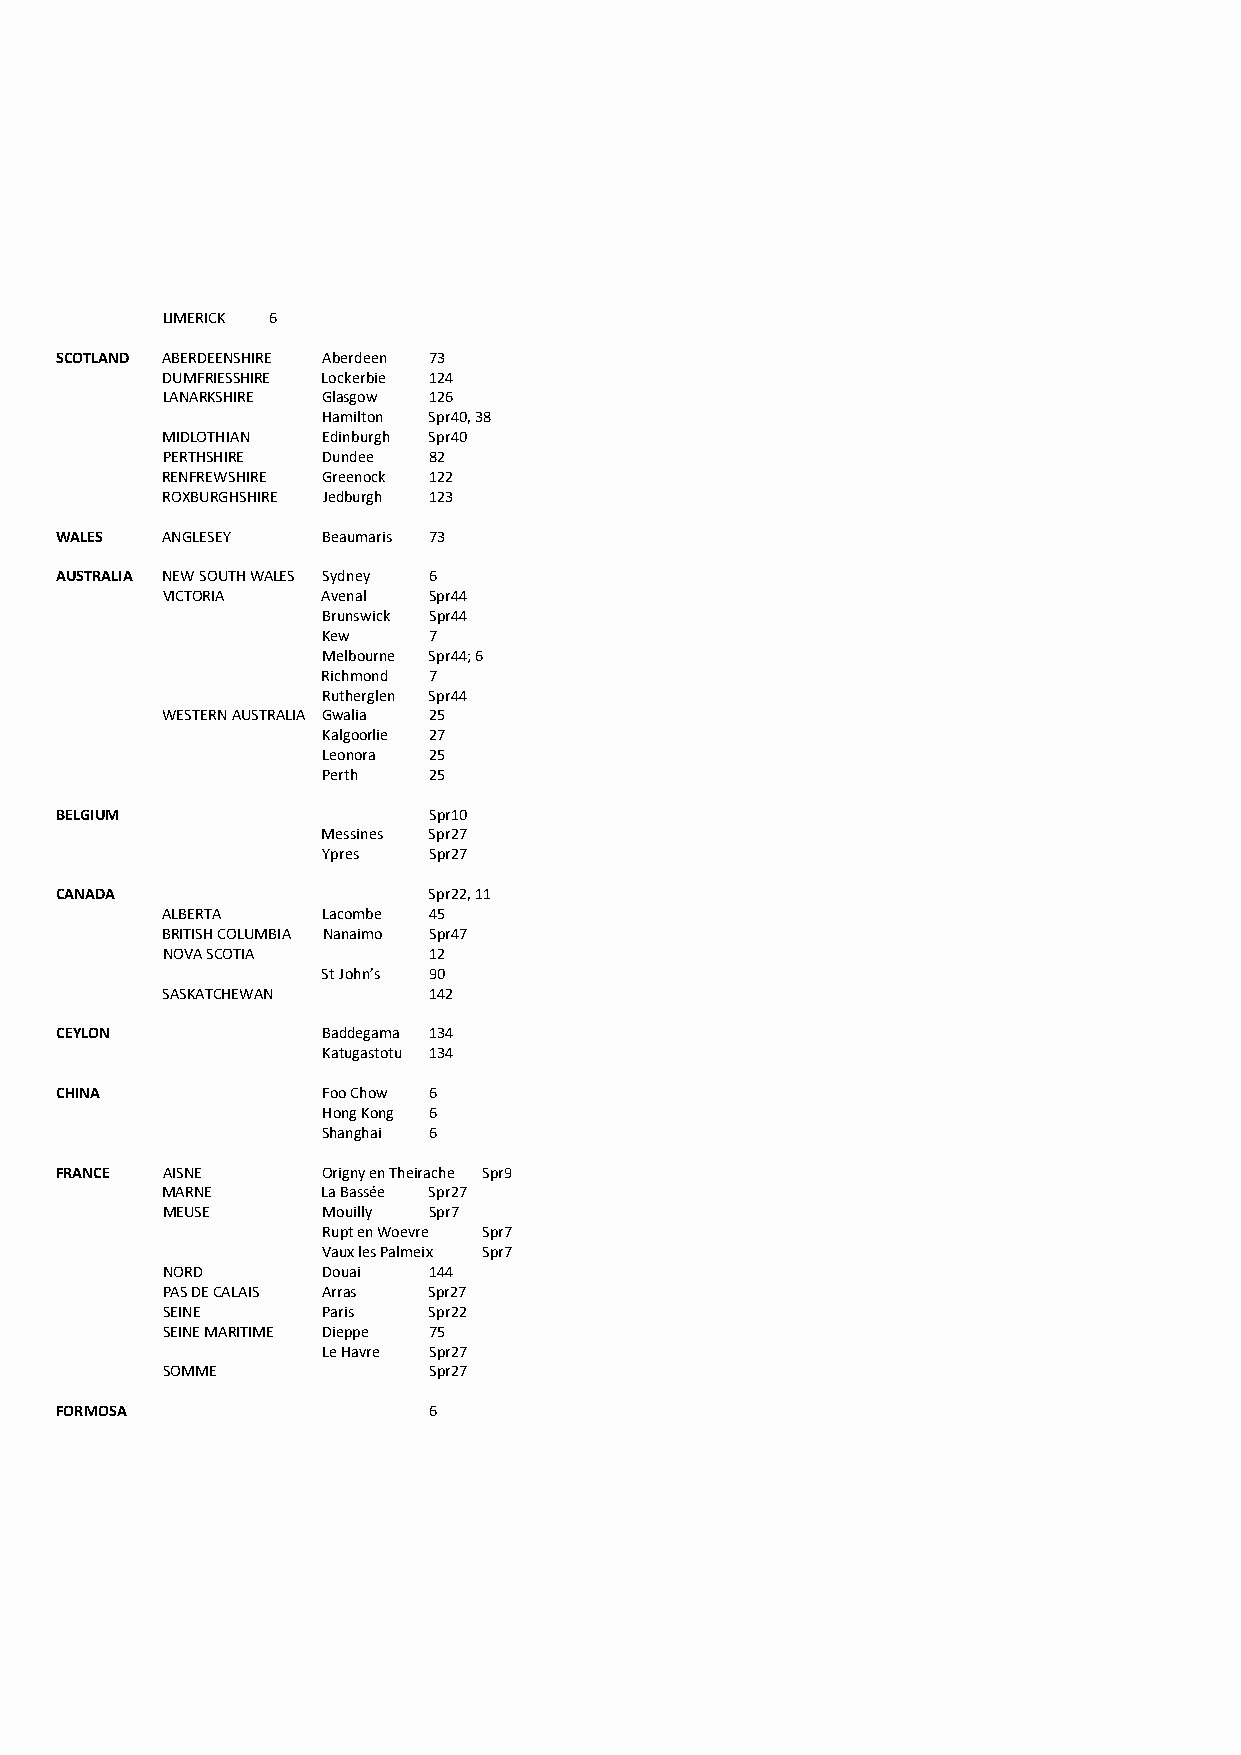
LIMERICK 6
 SCOTLAND ABERDEENSHIRE Aberdeen 73
 DUMFRIESSHIRE Lockerbie 124
 LANARKSHIRE Glasgow 126
 Hamilton Spr40, 38
 MIDLOTHIAN Edinburgh Spr40
 PERTHSHIRE Dundee 82
 RENFREWSHIRE Greenock 122
 ROXBURGHSHIRE Jedburgh 123
 WALES  ANGLESEY  Beaumaris 73
 AUSTRALIA NEW SOUTH WALES Sydney 6
 VICTORIA  Avenal Spr44
 Brunswick Spr44
 Kew    7
 Melbourne Spr44; 6
 Richmond 7
 Rutherglen Spr44
 WESTERN AUSTRALIA Gwalia 25
 Kalgoorlie 27
 Leonora 25
 Perth  25
 BELGIUM                 Spr10
 Messines Spr27
 Ypres  Spr27
 CANADA                  Spr22, 11
 ALBERTA   Lacombe 45
 BRITISH COLUMBIA Nanaimo Spr47
 NOVA SCOTIA      12
 St John’s 90
 SASKATCHEWAN     142
 CEYLON           Baddegama 134
 Katugastotu 134
 CHINA            Foo Chow 6
 Hong Kong 6
 Shanghai 6
 FRANCE AISNE     Origny en Theirache Spr9
 MARNE     La Bassée Spr27
 MEUSE     Mouilly Spr7
 Rupt en Woevre Spr7
 Vaux les Palmeix Spr7
 NORD      Douai  144
 PAS DE CALAIS Arras Spr27
 SEINE     Paris  Spr22
 SEINE MARITIME Dieppe 75
 Le Havre Spr27
 SOMME            Spr27
 FORMOSA                 6